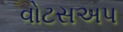
વોટસઅપ